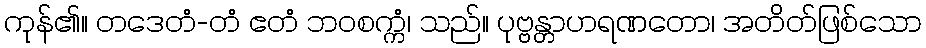
ကုန်၏။ တဒေတံ-တံ ဧတံ ဘဝစက္ကံ၊ သည်။ ပုဗ္ဗန္တာဟရဏတော၊ အတိတ်ဖြစ်သော